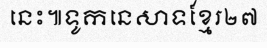
នេះ៕ទូកនេសាទខ្មែរ២៧